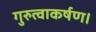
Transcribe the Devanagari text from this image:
गुरुत्वाकर्षण।